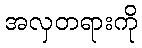
အလှတရားကို